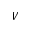
V